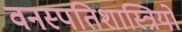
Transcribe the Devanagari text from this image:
वनस्‍पतिशास्‍त्रियों